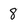
Character: 8